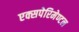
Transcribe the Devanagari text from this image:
एक्सपेरिमेण्टल